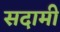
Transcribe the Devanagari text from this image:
सदामी